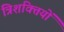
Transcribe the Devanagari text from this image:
त्रिशक्तियों